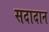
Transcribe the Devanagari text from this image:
सदादान